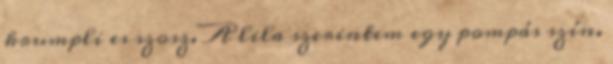
krumpli es szosz. A lila szerintem egy pompás szín.